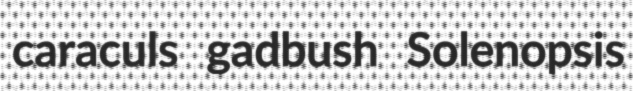
caraculs gadbush Solenopsis